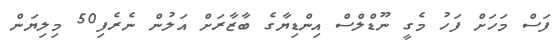
ފަސް މަހަށް ފަހު މެގީ ނޫޑްލްސްް އިންޑިޔާގެ ބާޒާރަށް އަލުން ނެރެފި50 މިލިޔަން